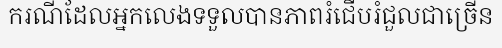
ករណីដែលអ្នកលេងទទួលបានភាពរំជើបរំជួលជាច្រើន